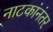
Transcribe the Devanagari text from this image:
नाटकांनंतर